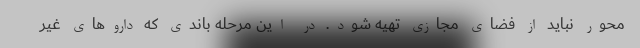
محور نباید از فضای مجازی تهیه شود. در این مرحله باندی که داروهای غیر